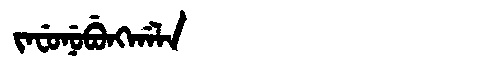
Manchu: ᠵᠠᠸᡠᠨᡠᠪᡠᠩᡤᠠᠯᠠ
Romanization: JAFUNUBUNGGALA